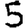
Digit: 5